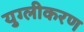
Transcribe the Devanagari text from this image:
युग्लीकरण